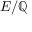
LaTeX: E / \mathbb { Q }